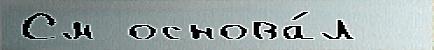
См основа́л